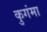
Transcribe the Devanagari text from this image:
कुगंमा